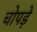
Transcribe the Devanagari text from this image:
चोपड़े